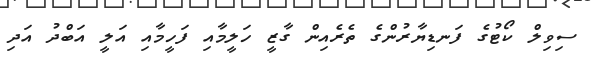
ސިވިލް ކޯޓުގެ ފަނޑިޔާރުންގެ ތެރެއިން ގާޒީ ހަލީމާއި ފަހީމާއި އަލީ އަބްދު އަދި